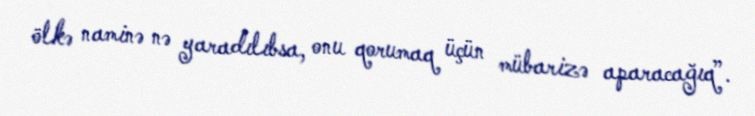
ölkə naminə nə yaradılıbsa, onu qorumaq üçün mübarizə aparacağıq”.